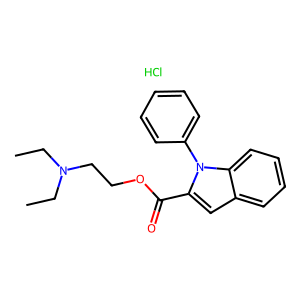
SMILES: CCN(CC)CCOC(=O)c1cc2ccccc2n1-c1ccccc1.Cl
Inhibits HIV replication: No